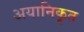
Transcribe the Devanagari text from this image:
अयानिकृत